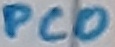
Text: PC0